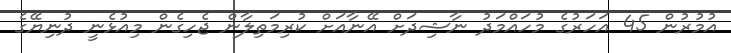
އުމުރުން 45 އަހަރުގެ މުހައްމަދު ނާޝިދަށް އޭނާއަށް ކުރިމަތިލާން ޖެހިގެން މިއުޅެނީ ދުނިޔޭގެ